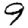
Digit: 9